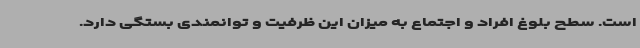
است. سطح بلوغ افراد و اجتماع به میزان این ظرفیت و توانمندی بستگی دارد.